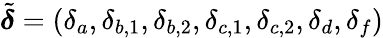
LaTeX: \tilde{\boldsymbol{\delta}}=(\delta_{a},\delta_{b,1},\delta_{b,2},\delta_{c,1},\delta_{c,2},\delta_{d},\delta_{f})